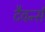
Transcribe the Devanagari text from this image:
टैवर्न्स